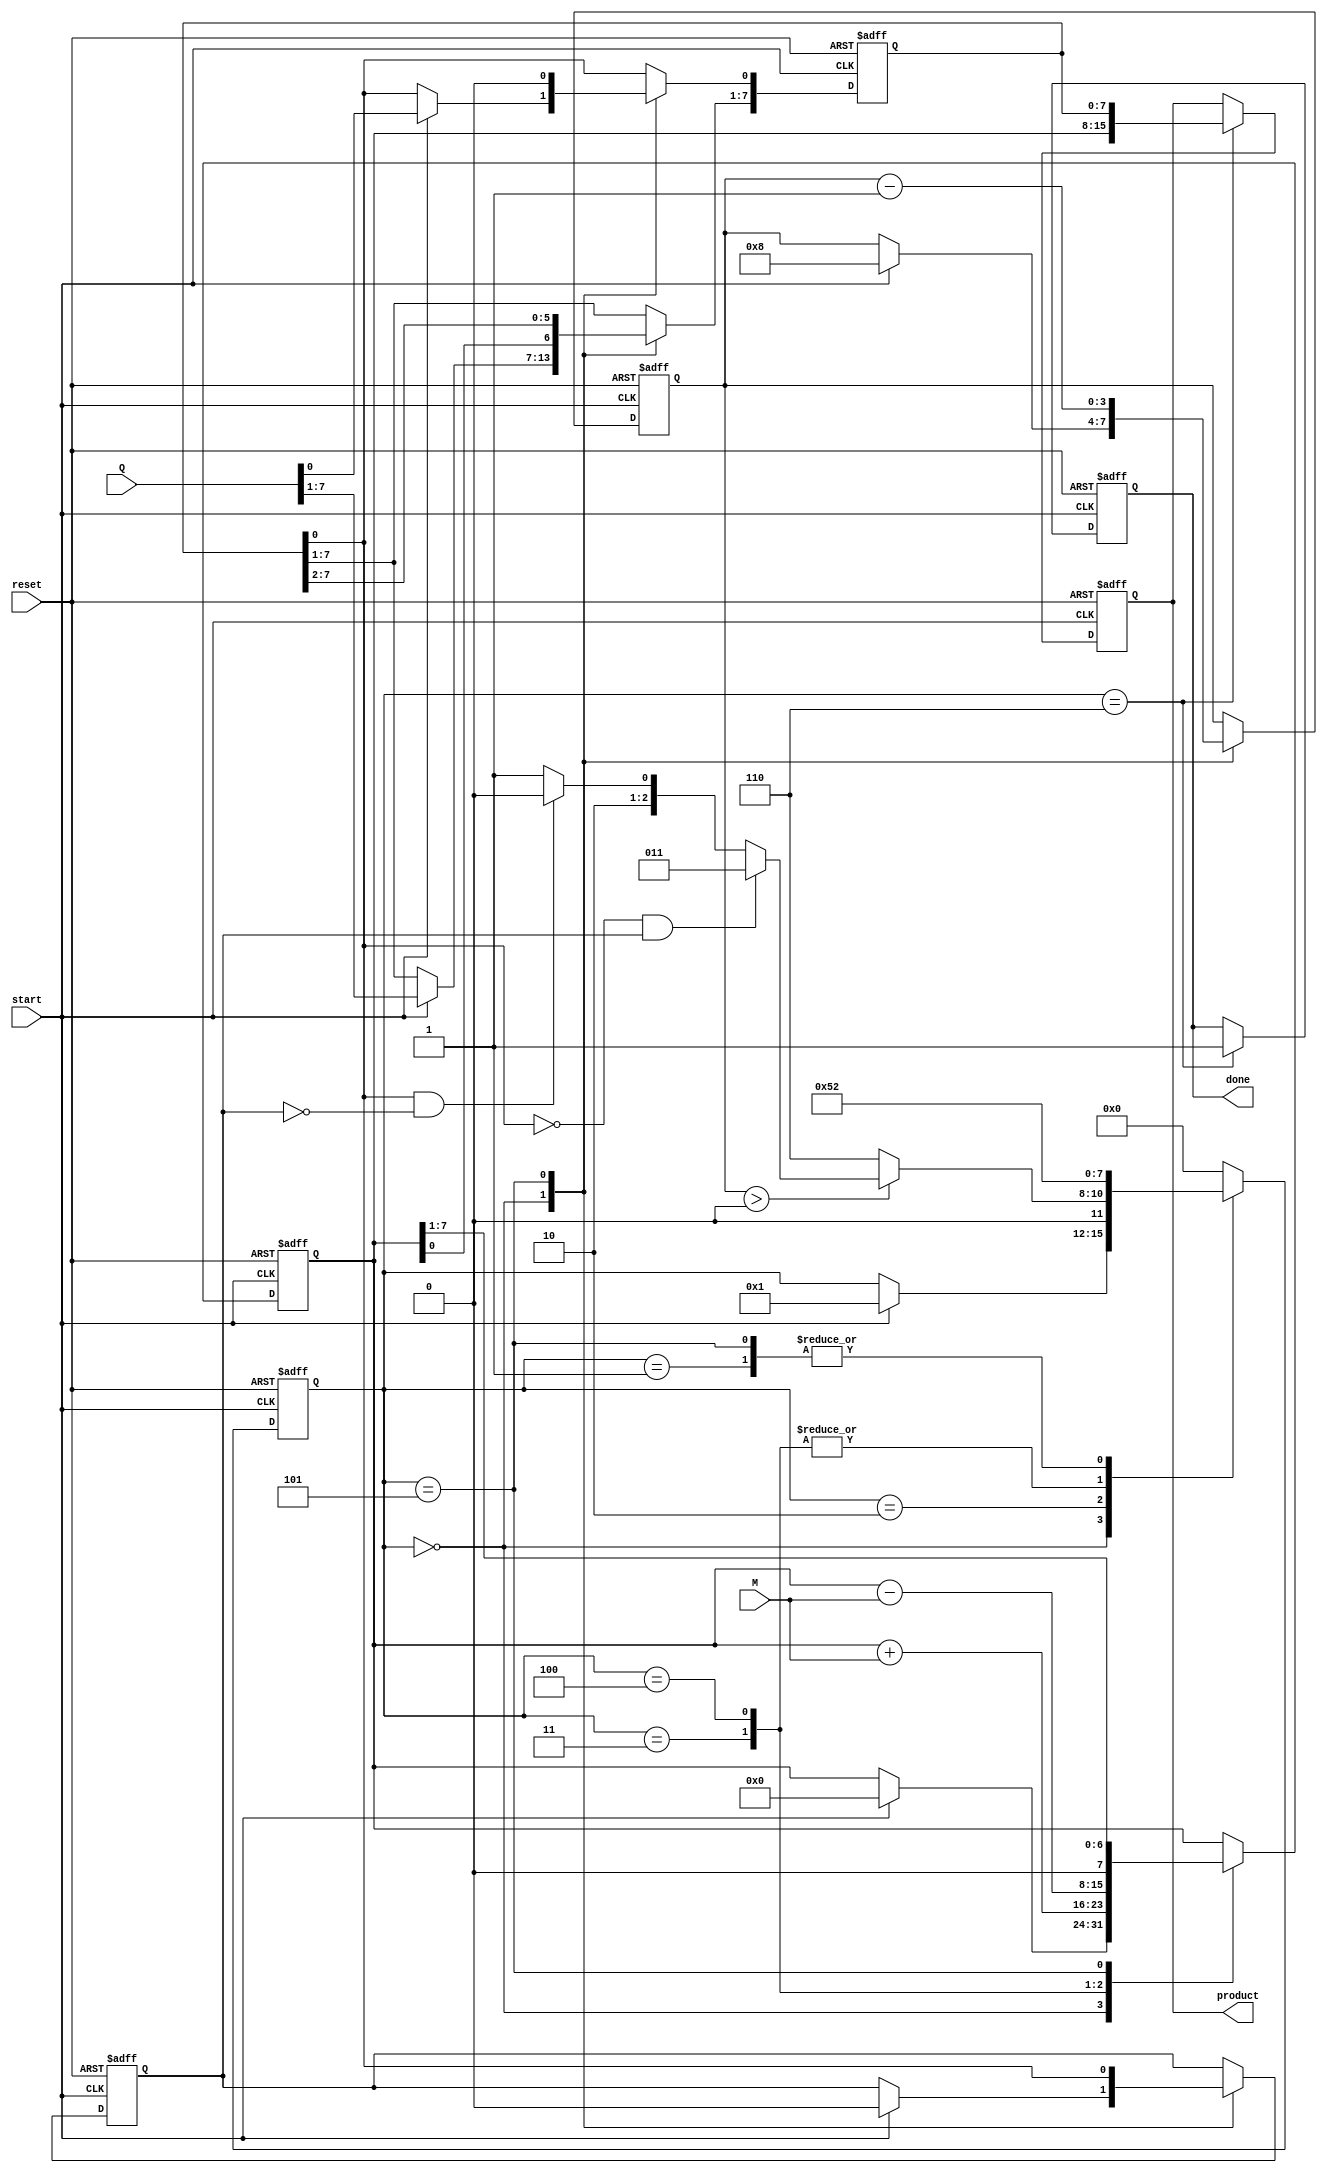
module booth_multiplier #(parameter N = 8) (
    input wire [N-1:0] M,     // Multiplicand
    input wire [N-1:0] Q,     // Multiplier
    input wire start,          // Start signal
    input wire reset,          // Reset signal
    output reg [2*N-1:0] product, // Product output
    output reg done            // Done signal
);

    reg [N-1:0] A;            // A register
    reg [N-1:0] Q_reg;        // Q register
    reg Q_1;                  // Q-1 register
    reg [3:0] state;          // State for FSM
    reg [3:0] count;          // Count for iterations

    // State encoding
    localparam IDLE = 4'b0000,
               INIT = 4'b0001,
               CHECK = 4'b0010,
               ADD = 4'b0011,
               SUB = 4'b0100,
               SHIFT = 4'b0101,
               DONE = 4'b0110;

    // FSM for controlling Booth's multiplication
    always @(posedge start or posedge reset) begin
        if (reset) begin
            state <= IDLE;
            A <= 0;
            Q_reg <= 0;
            Q_1 <= 0;
            count <= 0;
            product <= 0;
            done <= 0;
        end else begin
            case (state)
                IDLE: begin
                    if (start) begin
                        Q_reg <= Q;          // Load multiplier
                        A <= 0;              // Initialize A to 0
                        Q_1 <= 0;            // Initialize Q-1 to 0
                        count <= N;          // Set count for N iterations
                        state <= INIT;       // Move to INIT state
                    end
                end

                INIT: begin
                    state <= CHECK;       // Move to CHECK state
                end

                CHECK: begin
                    if (count > 0) begin
                        if (Q_reg[0] == 1'b0 && Q_1 == 1'b1) begin
                            state <= ADD;  // Perform A = A + M
                        end else if (Q_reg[0] == 1'b1 && Q_1 == 1'b0) begin
                            state <= SUB;  // Perform A = A - M
                        end else begin
                            state <= SHIFT; // No operation, just shift
                        end
                    end else begin
                        state <= DONE;      // Move to DONE state
                    end
                end

                ADD: begin
                    A <= A + M;           // A = A + M
                    state <= SHIFT;       // Move to SHIFT state
                end

                SUB: begin
                    A <= A - M;           // A = A - M
                    state <= SHIFT;       // Move to SHIFT state
                end

                SHIFT: begin
                    {A, Q_reg} <= {A, Q_reg} >> 1; // Right shift A and Q
                    Q_1 <= Q_reg[0];      // Update Q-1
                    Q_reg[0] <= 1'b0;     // Clear LSB of Q
                    count <= count - 1;  // Decrement count
                    state <= CHECK;       // Go back to CHECK state
                end

                DONE: begin
                    product <= {A, Q_reg}; // Combine A and Q for final product
                    done <= 1;             // Set done signal
                    state <= IDLE;         // Go back to IDLE state
                end

                default: state <= IDLE; // Default case for safety
            endcase
        end
    end
endmodule